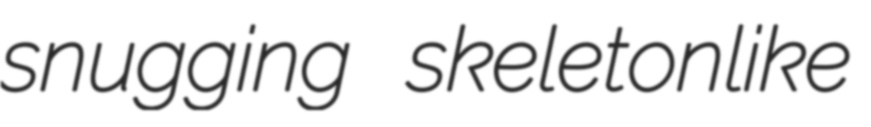
snugging skeletonlike